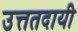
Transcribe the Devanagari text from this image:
उत्ततदायी